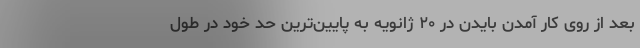
بعد از روی کار آمدن بایدن در ۲۰ ژانویه به پایین‌ترین حد خود در طول